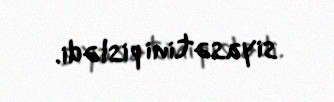
siyasətini pislədi.